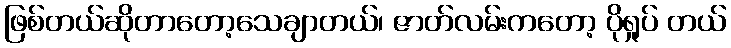
ဖြစ်တယ်ဆိုတာတော့သေချာတယ်၊ ဇာတ်လမ်းကတော့ ပိုရှုပ် တယ်